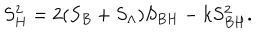
S _ { H } ^ { 2 } = 2 ( S _ { B } + S _ { \Lambda } ) S _ { B H } - k S _ { B H } ^ { 2 } .